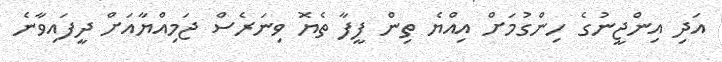
އަދި އިންޖީނުގެ ހިންގުމަށް އިއްޔެ ތިން ފީފާ ތެޔޮ ވިނަރެސް ޖަމިއްޔާއަށް ދީފައިވާނެ